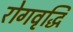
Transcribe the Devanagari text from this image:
रोगवृद्धि